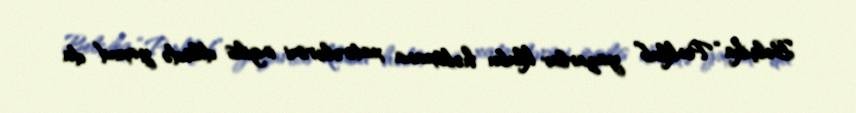
Belçika “Penklub” yazarlar klubu həbsxana xatirələrimi ingilis dilində yaxud da